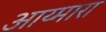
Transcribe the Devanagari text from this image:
आय्मारा